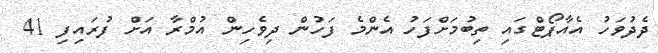
ދެދުވަހު އެއާޕޯޓްގައި ތިބުމަށްފަހު އެންމެ ފަހުން ދިވެހިން އުމްރާ އަށް ފުރައިފި 41